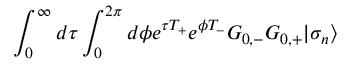
\int _ { 0 } ^ { \infty } d \tau \int _ { 0 } ^ { 2 \pi } d \phi { \textstyle e } ^ { \tau T _ { + } } { \textstyle e } ^ { \phi T _ { - } } G _ { 0 , - } G _ { 0 , + } | \sigma _ { n } \rangle